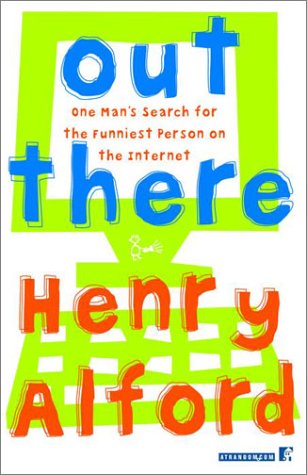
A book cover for Out There: One Man's Search for the Funniest Person on the Internet; Henry Alford; Humor & Entertainment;